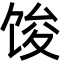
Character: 馂